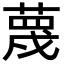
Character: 蔑